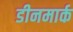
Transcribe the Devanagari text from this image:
डीनमार्क